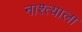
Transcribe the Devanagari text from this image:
नाश्त्याला